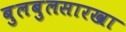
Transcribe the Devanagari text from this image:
बुलबुलसारखा